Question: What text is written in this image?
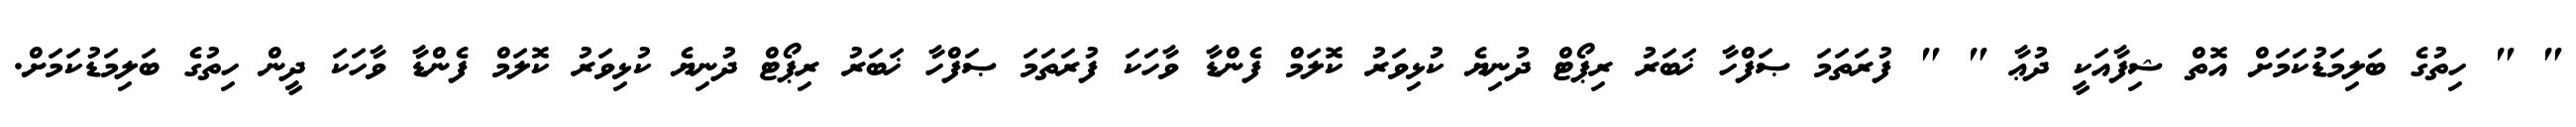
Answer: " " ހިތުގެ ބަލިމަޑުކަމަށް އޮތް ޝިފާއަކީ ދުޢާ " " ފުރަތަމަ ޞަފްހާ ޚަބަރު ރިޕޯޓް ދުނިޔެ ކުޅިވަރު ކޮލަމް ފެންޑާ ވާހަކަ ފުރަތަމަ ޞަފްހާ ޚަބަރު ރިޕޯޓް ދުނިޔެ ކުޅިވަރު ކޮލަމް ފެންޑާ ވާހަކަ ދީން ހިތުގެ ބަލިމަޑުކަމަށް.